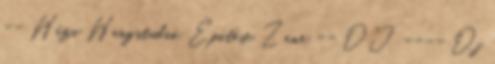
-- Házi Hangstúdió Építése Zene -- DJ ---- Dj